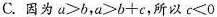
C.因为$$a > b$$，$$a > b + c$$，所以$$c ＜ 0$$